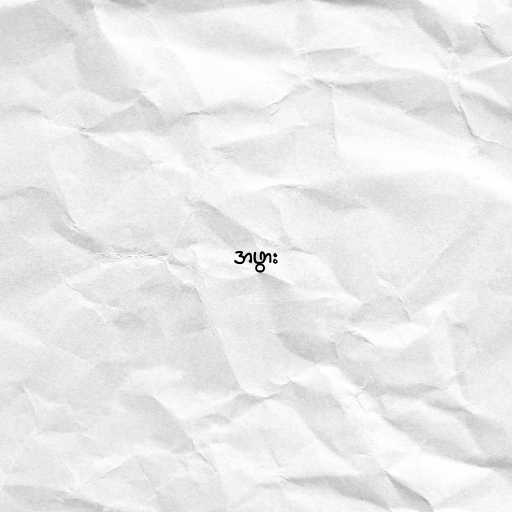
အဖွား